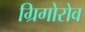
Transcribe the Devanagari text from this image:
ग्रिगोरोव